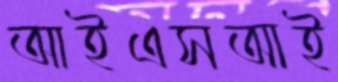
আইএসআই